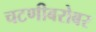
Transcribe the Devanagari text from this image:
चटणीबरोबर